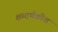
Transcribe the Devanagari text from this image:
शब्दर्थकोश